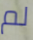
لم